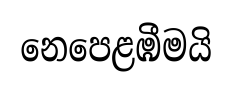
නෙපෙළඹීමයි